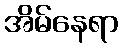
အိမ်နေရာ